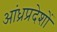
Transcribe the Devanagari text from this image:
आंध्रप्रदेशों